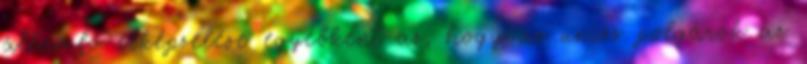
államfő elképzelése egyébként az, hogy az uniós polgárok az